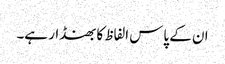
ان کے پاس الفاظ کا بھنڈار ہے۔